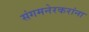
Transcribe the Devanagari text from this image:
संगमनेरकरांना